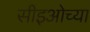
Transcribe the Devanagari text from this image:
सीइओच्या